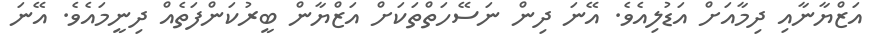
އަޒްޔާނާއި ދިމާއަށް އަޑުލިއެވެ. އޭނަ ދިން ނަސޭހަތްތަކަށް އަޒްޔާން ބީރުކަންފަތެއް ދިނީމައެވެ. އޭނަ